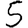
Digit: 5